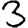
Digit: 3